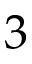
3